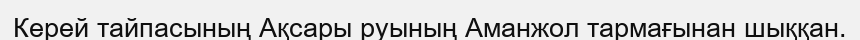
Керей тайпасының Ақсары руының Аманжол тармағынан шыққан.